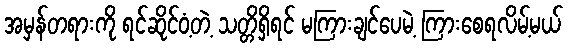
အမှန်တရားကို ရင်ဆိုင်ဝံ့တဲ့ သတ္တိရှိရင် မကြားချင်ပေမဲ့ ကြားစေရလိမ့်မယ်